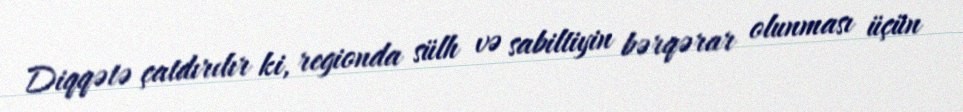
Diqqətə çatdırılır ki, regionda sülh və sabiltiyin bərqərar olunması üçün